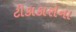
ટીકાકારોના